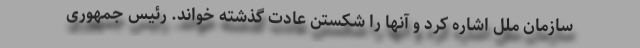
سازمان ملل اشاره کرد و آنها را شکستن عادت گذشته خواند. رئیس جمهوری